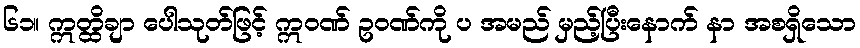
၆၁။ ဣတ္ထိချာ ပေါသုတ်ဖြင့် ဣဝဏ် ဥဝဏ်ကို ပ အမည် မှည့်ပြီးနောက် နာ အစရှိသော